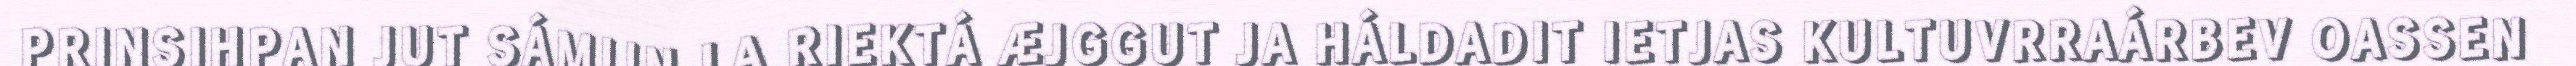
PRINSIHPAN JUT SÁMIJN LA RIEKTÁ ÆJGGUT JA HÁLDADIT IETJAS KULTUVRRAÁRBEV OASSEN